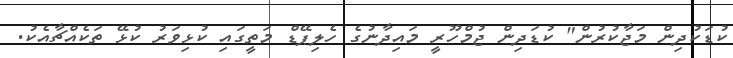
ކުޑަކުދިން މަޖާކުރުން" ކުޑަދިން ޖުމްހޫރީ މައިދާނުގެ ހެލިޕޭޑް މަތީގައި ކުޅިވަރު ކުޅޭ ތަކެއްޗާއެކު.